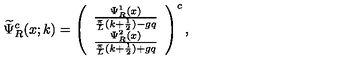
\widetilde { \Psi } _ { R } ^ { c } ( x ; k ) = \left( \begin{array} { c } { \frac { \Psi _ { R } ^ { 1 } ( x ) } { \frac { \pi } { L } ( k + \frac { 1 } { 2 } ) - g q } } \\ { \frac { \Psi _ { R } ^ { 2 } ( x ) } { \frac { \pi } { L } ( k + \frac { 1 } { 2 } ) + g q } } \\ \end{array} \right) ^ { c } ,